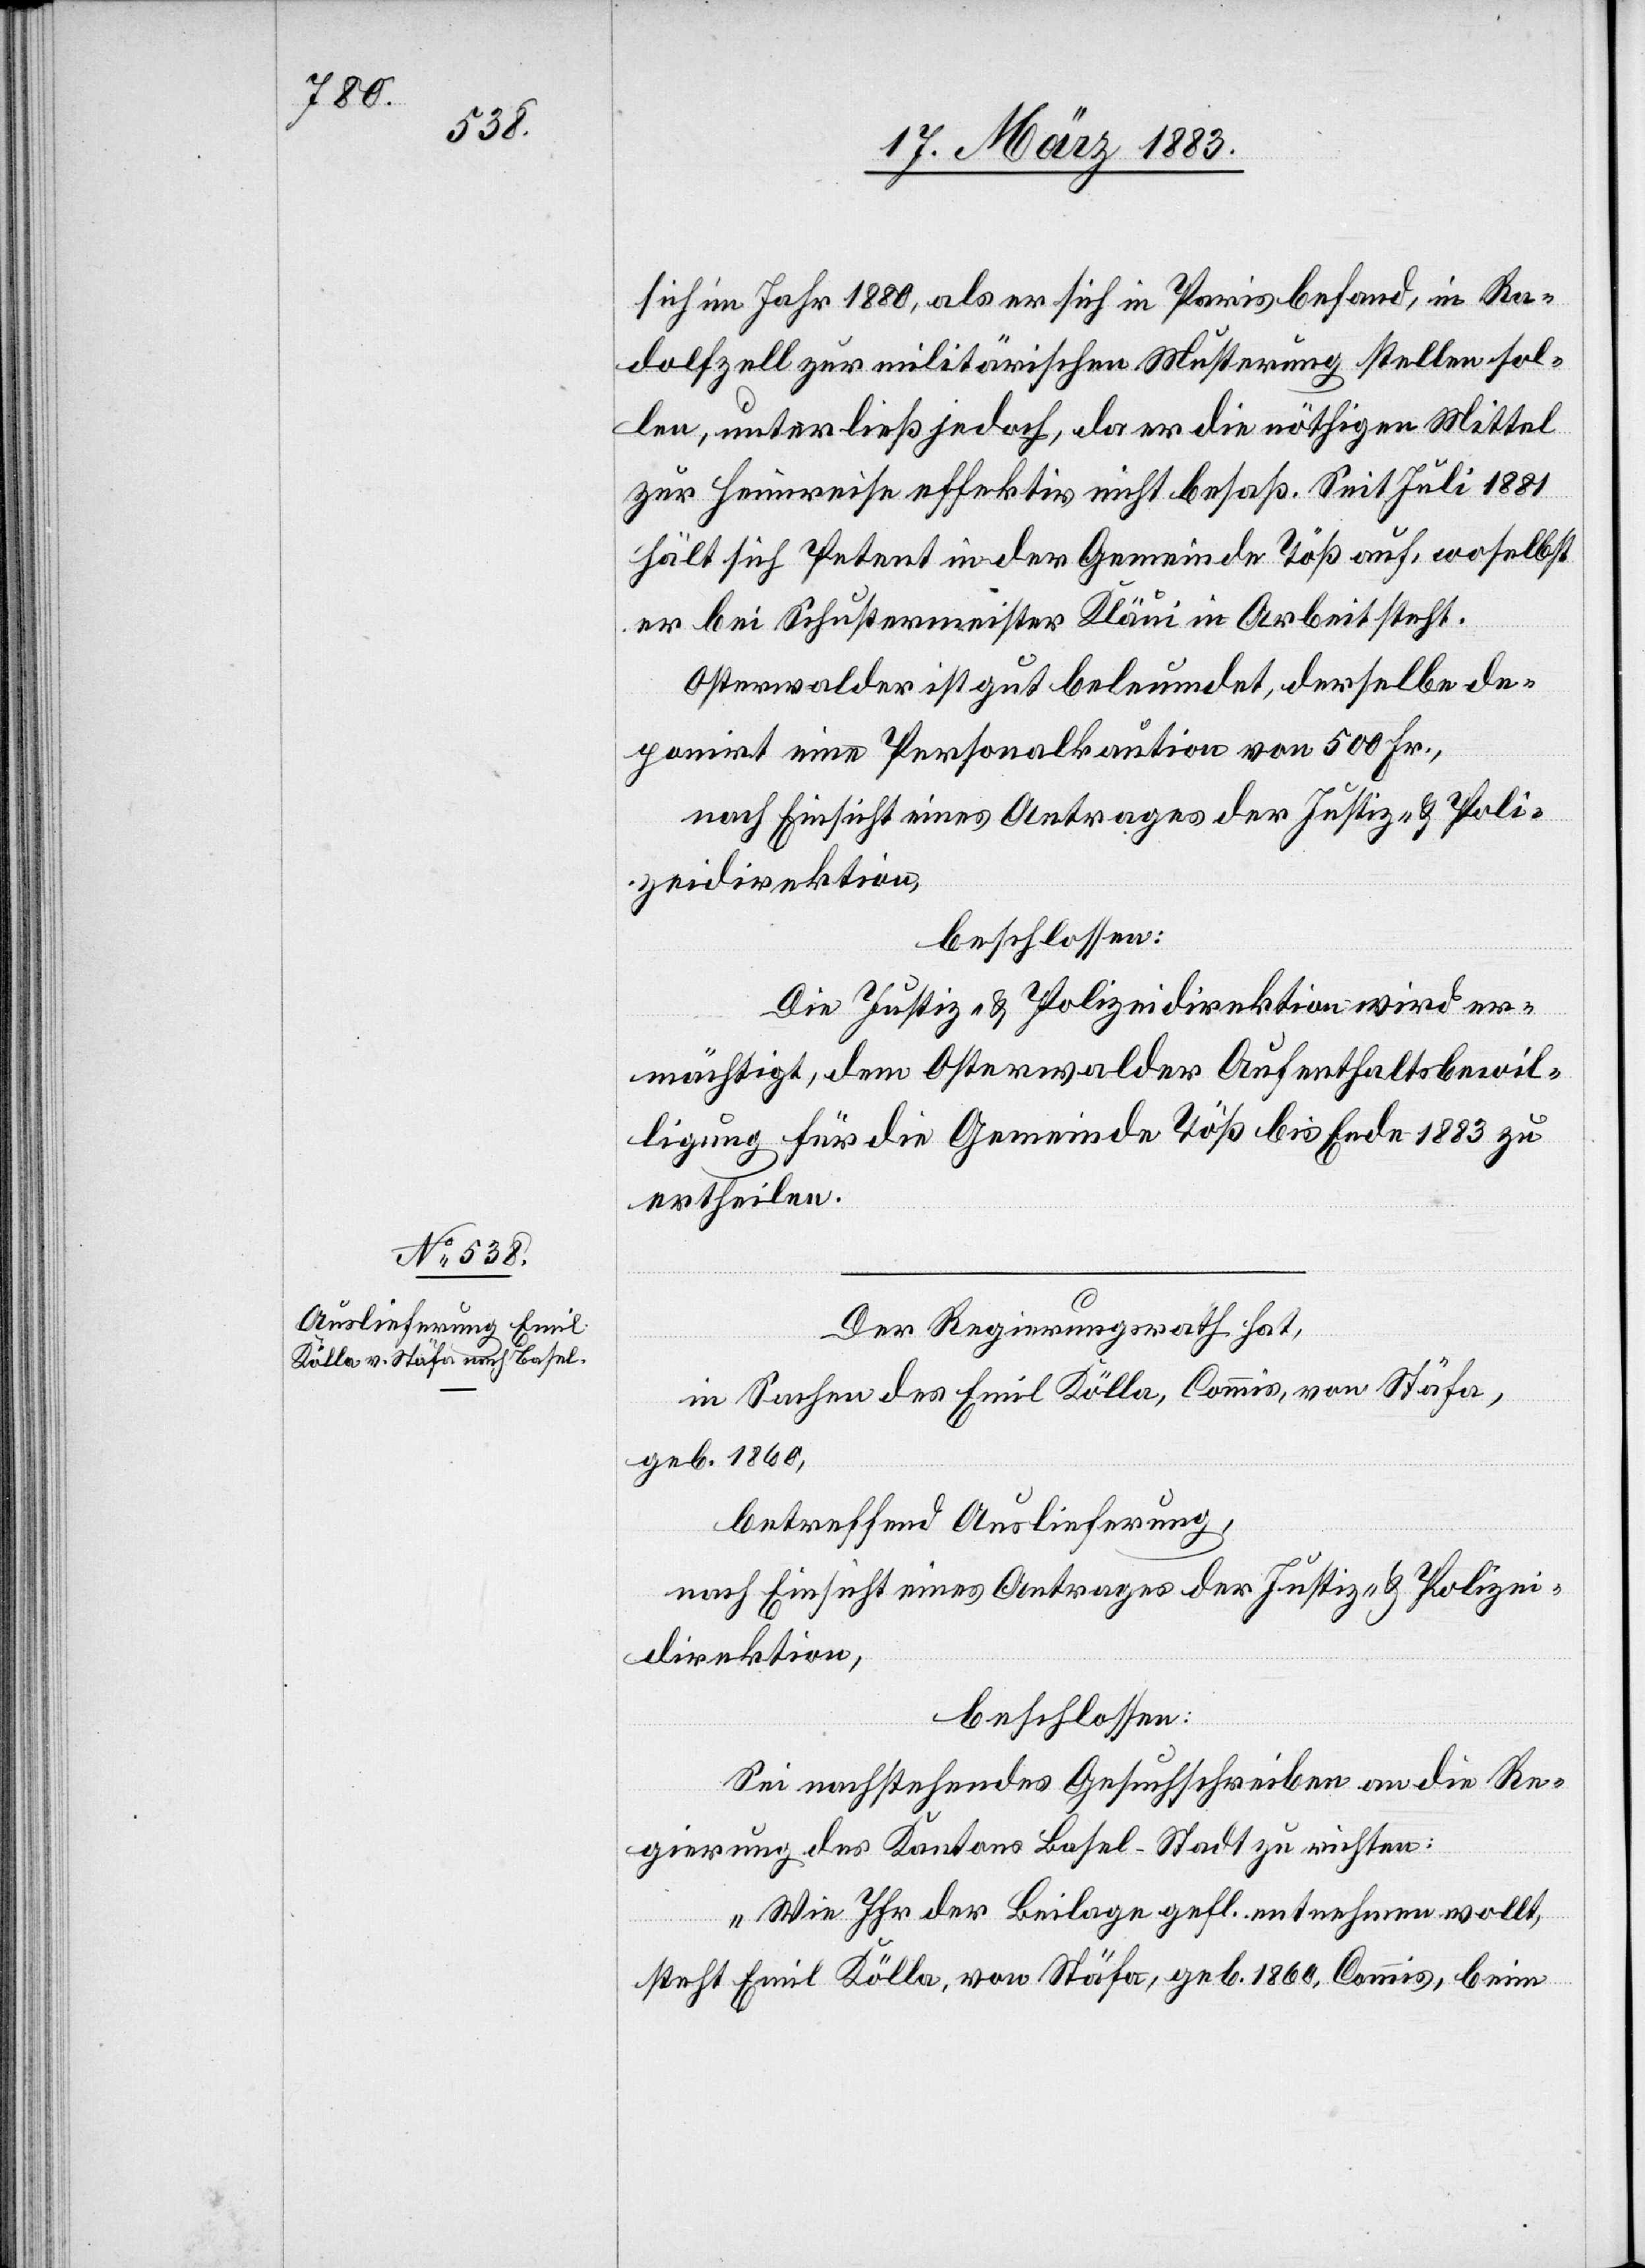
sich im Jahr 1880, als er sich in Paris befand, in Ra¬
dolfzell zur militärischen Musterung stellen sol¬
len, unterließ jedoch [sic!], da er die nöthigen Mittel
zur Heimreise effektiv nicht besaß. Seit Juli 1881
hält sich Petent in der Gemeinde Töß auf, woselbst
er bei Schustermeister Kläui in Arbeit steht.
Osterwalder ist gut beleumdet, derselbe de¬
ponirt eine Personalkaution von 500 Fr.,
nach Einsicht eines Antrages der Justiz- & Poli¬
zeidirektion,
beschlossen:
Die Justiz- & Polizeidirektion wird er¬
mächtigt, dem Osterwalder Aufenthaltsbewil¬
ligung für die Gemeinde Töß bis Ende 1883 zu
ertheilen.
Der Regierungsrath hat,
in Sachen des Emil Kölla, Commis, von Stäfa,
geb. 1860,
betreffend Auslieferung,
nach Einsicht eines Antrages der Justiz- & Polizei¬
direktion,
beschlossen:
Sei nachstehendes Gesuchschreiben an die Re¬
gierung des Kantons Basel-Stadt zu richten:
„Wie Ihr der Beilage gefl. entnehmen wollt,
steht Emil Kölla, von Stäfa, geb. 1860, Commis, beim